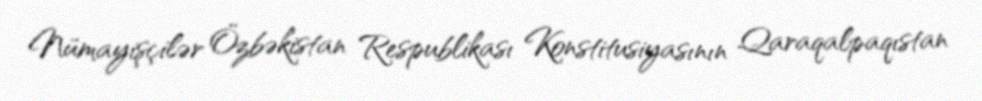
Nümayişçilər Özbəkistan Respublikası Konstitusiyasının Qaraqalpaqıstan